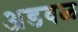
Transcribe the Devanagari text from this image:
अडवळ